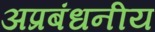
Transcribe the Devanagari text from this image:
अप्रबंधनीय